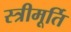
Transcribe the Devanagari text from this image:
स्त्रीमूर्ति